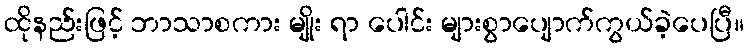
ထိုနည်းဖြင့် ဘာသာစကား မျိုး ရာ ပေါင်း များစွာပျောက်ကွယ်ခဲ့ပေပြီ။